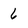
Character: 6